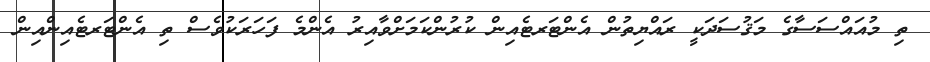
ތި މުއައްސަސާގެ މަޤުސަދަކީ ރައްޔިތުން އެންޓަރޓެއިން ކުރުންކަމަށްވާއިރު އެންމެ ފަހަރަކުވެސް ތި އެންޓަރޓެއިންއިން